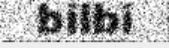
bilbi